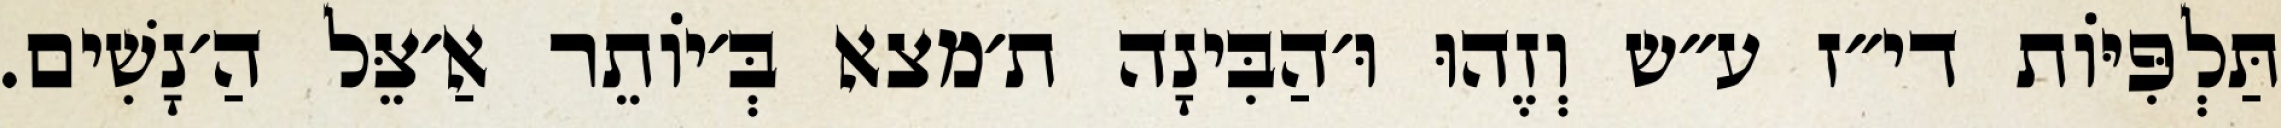
תַּלְפִּיּוֹת די״ז ע״ש וְזֶהוּ וּ׳הַבִּינָה ת׳מצא בְּ׳יוֹתֵר אַ׳צֵּל הַ׳נָשִׁים.